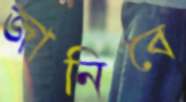
জানিবে